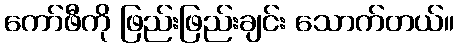
ကော်ဖီကို ဖြည်းဖြည်းချင်း သောက်တယ်။